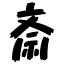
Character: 斎